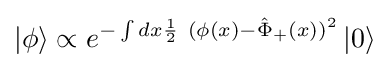
\left|\phi \right\rangle \propto e^{-\int dx{\frac {1}{2}}~(\phi (x)-{\hat {\Phi }}_{+}(x))^{2}}\left|0\right\rangle